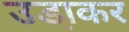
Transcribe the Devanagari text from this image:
उडा़कर